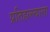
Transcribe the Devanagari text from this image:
प्रतिहल्ल्याला